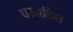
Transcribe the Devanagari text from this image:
परमहित